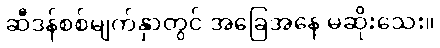
ဆီဒန်စစ်မျက်နှာတွင် အခြေအနေ မဆိုးသေး။